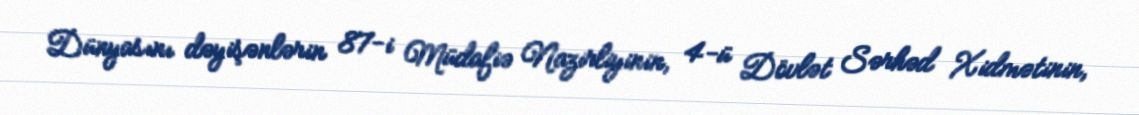
Dünyasını dəyişənlərin 87-i Müdafiə Nazirliyinin, 4-ü Dövlət Sərhəd Xidmətinin,